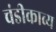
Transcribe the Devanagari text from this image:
चंडीकाव्य